Malarial fevers
Disease focus: Malaria
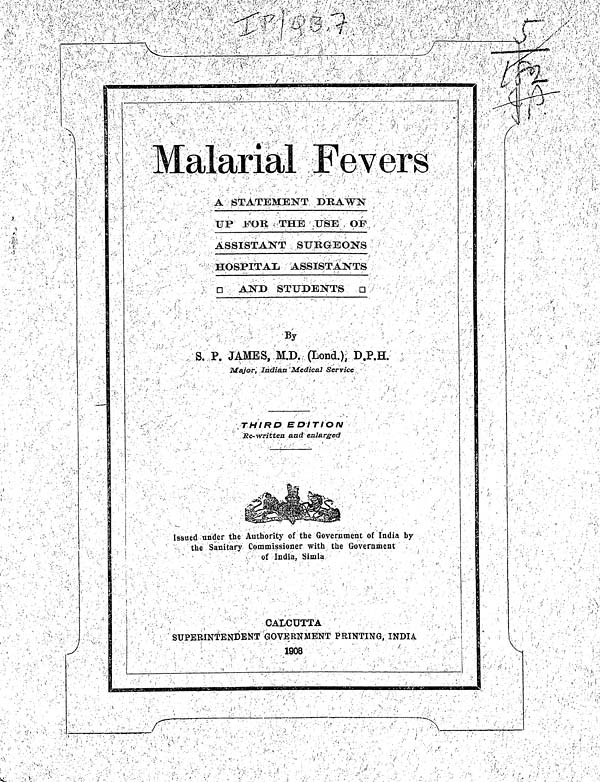
Malarial Fevers
A STATEMENT DRAWN
UP FOR THE USE OF
ASSISTANT SURGEONS
HOSPITAL ASSISTANTS
AND
STUDENTS
By
S. P. JAMBS, M.D. (Lond.), D.P.H.
Major, Indian Medical Service
THIRD EDITION
Re-written and enlarged
Issued under the Authority of the Government of India by
the Sanitary Commissioner with the Government
of India, Simla
CALCUTTA
SUPERINTENDENT GOVERNMENT PRINTING, INDIA
1008